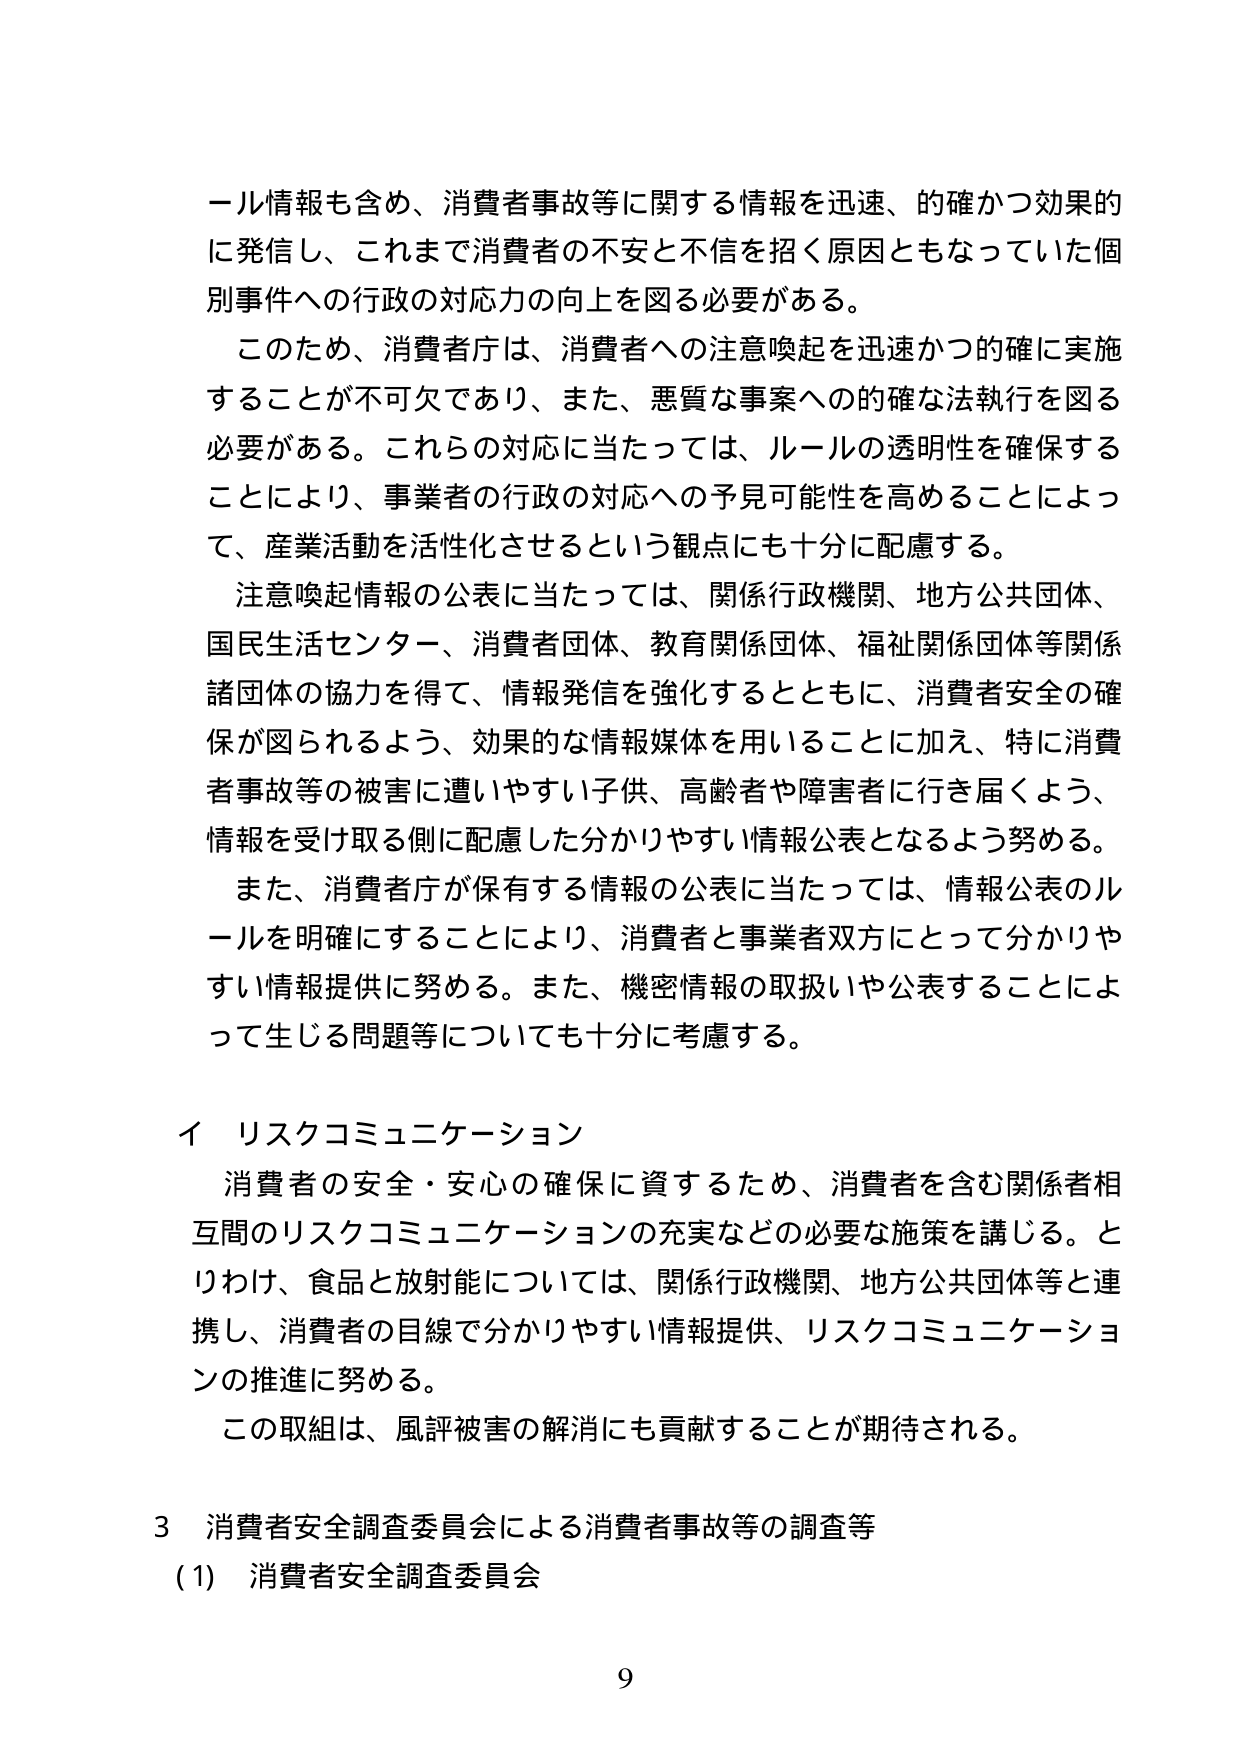
ール情報も含め、消費者事故等に関する情報を迅速、的確かつ効果的に発信し、これまで消費者の不安と不信を招く原因ともなっていた個別事件への行政の対応力の向上を図る必要がある。

このため、消費者庁は、消費者への注意喚起を迅速かつ的確に実施することが不可欠であり、また、悪質な事案への的確な法執行を図る必要がある。これらの対応に当たっては、ルールの透明性を確保することにより、事業者の行政の対応への予見可能性を高めることによって、産業活動を活性化させるという観点にも十分に配慮する。

注意喚起情報の公表に当たっては、関係行政機関、地方公共団体、国民生活センター、消費者団体、教育関係団体、福祉関係団体等関係諸団体の協力を得て、情報発信を強化するとともに、消費者安全の確保が図られるよう、効果的な情報媒体を用いることに加え、特に消費者事故等の被害に遭いやすい子供、高齢者や障害者に行き届くよう、情報を受け取る側に配慮した分かりやすい情報公表となるよう努める。

また、消費者庁が保有する情報の公表に当たっては、情報公表のルールを明確にすることにより、消費者と事業者双方にとって分かりやすい情報提供に努める。また、機密情報の取扱いや公表することによって生じる問題等についても十分に考慮する。

イ リスクコミュニケーション

消費者の安全・安心の確保に資するため、消費者を含む関係者相互間のリスクコミュニケーションの充実などの必要な施策を講じる。とりわけ、食品と放射能については、関係行政機関、地方公共団体等と連携し、消費者の目線で分かりやすい情報提供、リスクコミュニケーションの推進に努める。

この取組は、風評被害の解消にも貢献することが期待される。

3 消費者安全調査委員会による消費者事故等の調査等
(1) 消費者安全調査委員会

9